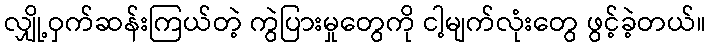
လျှို့ဝှက်ဆန်းကြယ်တဲ့ ကွဲပြားမှုတွေကို ငါ့မျက်လုံးတွေ ဖွင့်ခဲ့တယ်။